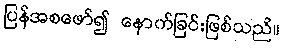
ပြန်အစဖော်၍ နောက်ခြင်းဖြစ်သည်။